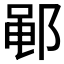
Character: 𫑡